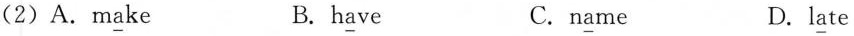
(2)A.m\underline{a}ke B. h\underline{a}ve C.n\underline{a}me D.l\underline{a}te